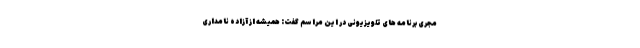
مجری برنامه های تلویزیونی در این مراسم گفت: همیشه از آزاده نامداری